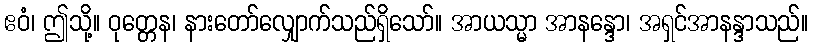
ဧဝံ၊ ဤသို့။ ဝုတ္တေန၊ နားတော်လျှောက်သည်ရှိသော်။ အာယသ္မာ အာနန္ဒော၊ အရှင်အာနန္ဒာသည်။